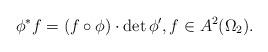
LaTeX: \begin{align*}\phi^*f = (f\circ \phi )\cdot \det \phi', f\in A^2(\Omega_2).\end{align*}